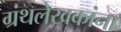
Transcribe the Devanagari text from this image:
ग्रंथलेखकांना